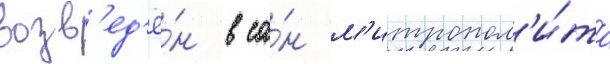
возв'ед'ё́н в са́н м'итропол'и́та